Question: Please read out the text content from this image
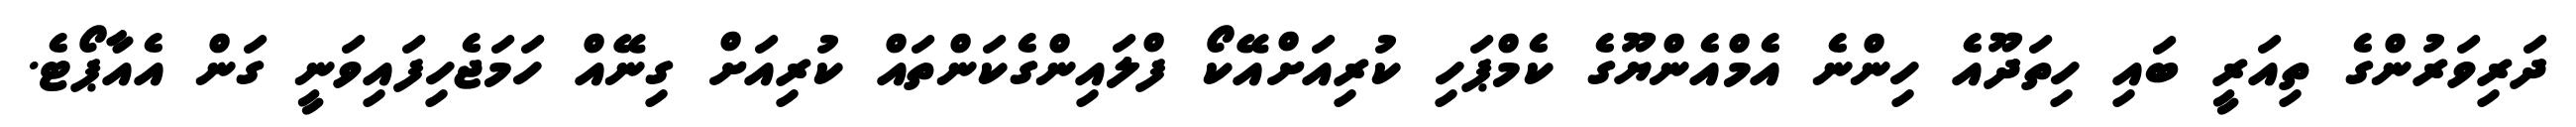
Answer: ދަރިވަރުންގެ ތިއަރީ ބައި ހިތަދޫއެ ހިންނެ އެމްއެންޔޫގެ ކެމްޕަހި ކުރިއަށްއޭކޯ ފްލައިންގެކަންތައް ކުރިއަށް ގިނޭއް ހަމަޖެހިފައިވަނީ ގަން އެއާޕޯޓެ.